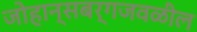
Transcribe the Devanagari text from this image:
जोहान्सबर्गजवळील